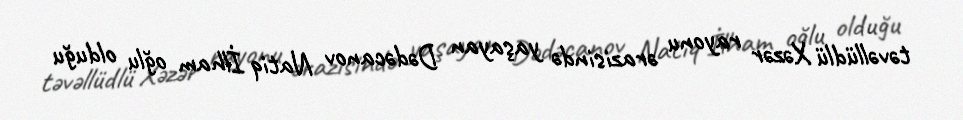
təvəllüdlü Xəzər rayonu ərazisində yaşayan Dədəcanov Natiq İlham oğlu olduğu